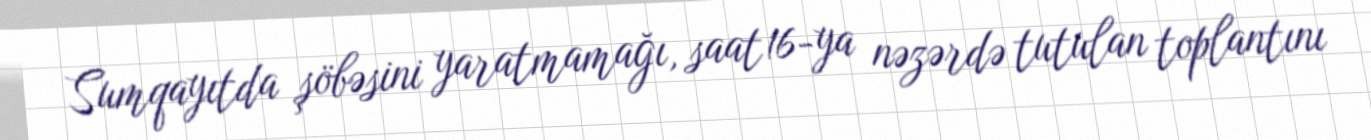
Sumqayıtda şöbəsini yaratmamağı, saat 16-ya nəzərdə tutulan toplantını